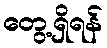
တွေ့ရှိရန်